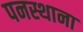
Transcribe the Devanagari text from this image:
पनस्थाना